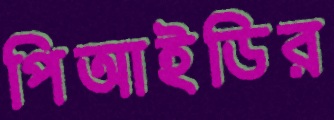
পিআইডির